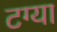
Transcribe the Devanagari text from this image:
टग्या